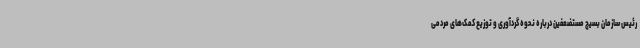
رئیس سازمان بسیج مستضعفین درباره نحوه گردآوری و توزیع کمک‌های مردمی